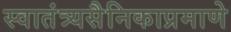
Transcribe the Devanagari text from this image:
स्वातंत्र्यसैनिकाप्रमाणे